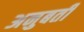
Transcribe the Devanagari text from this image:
अनुबर्ती